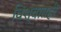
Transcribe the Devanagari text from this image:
विश्वातही